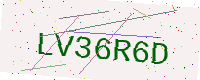
Text: LV36R6D